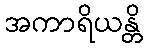
အကာရိယန္တိ